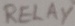
Text: RELAY